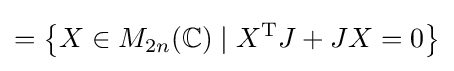
=\left\{X\in M_{2n}(\mathbb {C} )\mid X^{\mathrm {T} }J+JX=0\right\}